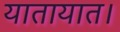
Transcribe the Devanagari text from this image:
यातायात।